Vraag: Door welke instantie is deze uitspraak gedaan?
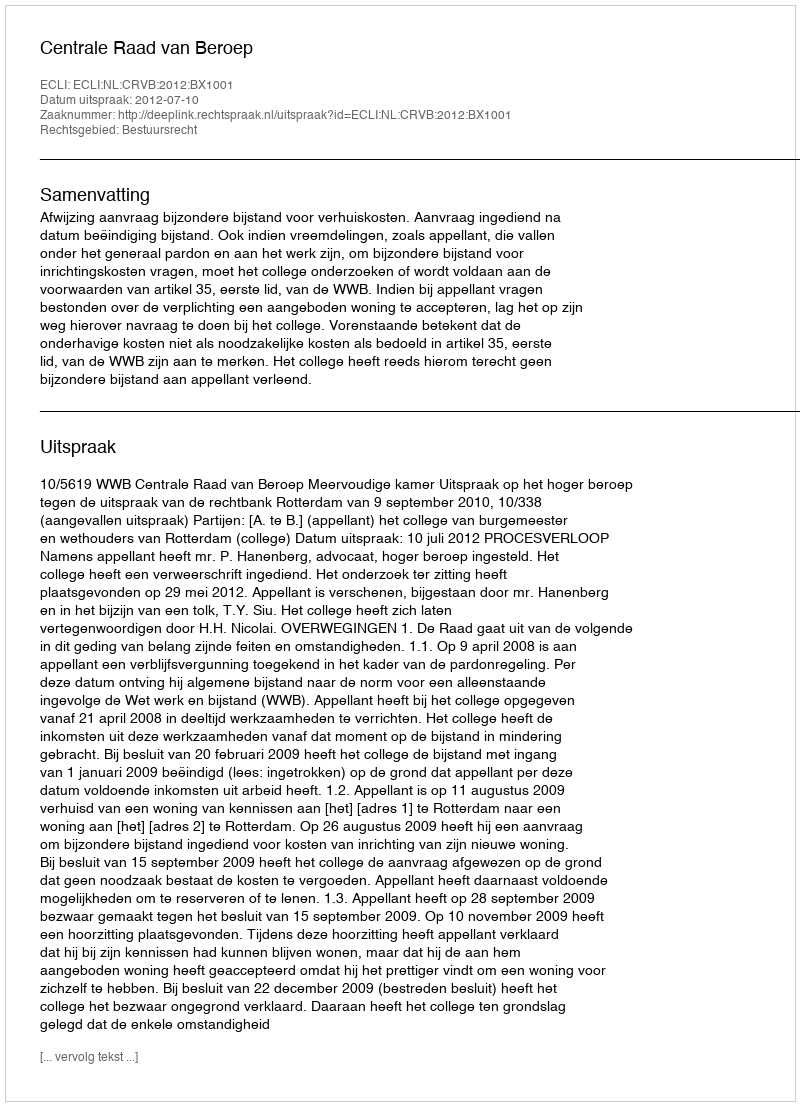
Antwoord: Centrale Raad van Beroep